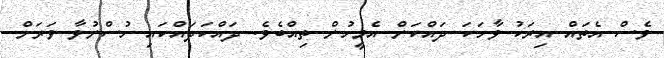
ވެސް އެތައް އިރަކު ވާހަކަ ދައްކަން އެމީހުން ތިއްބެވެ. ދައްކަދައްކައި ހުސްނުވާ ވަރަށް